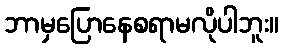
ဘာမှပြောနေစရာမလိုပါဘူး။